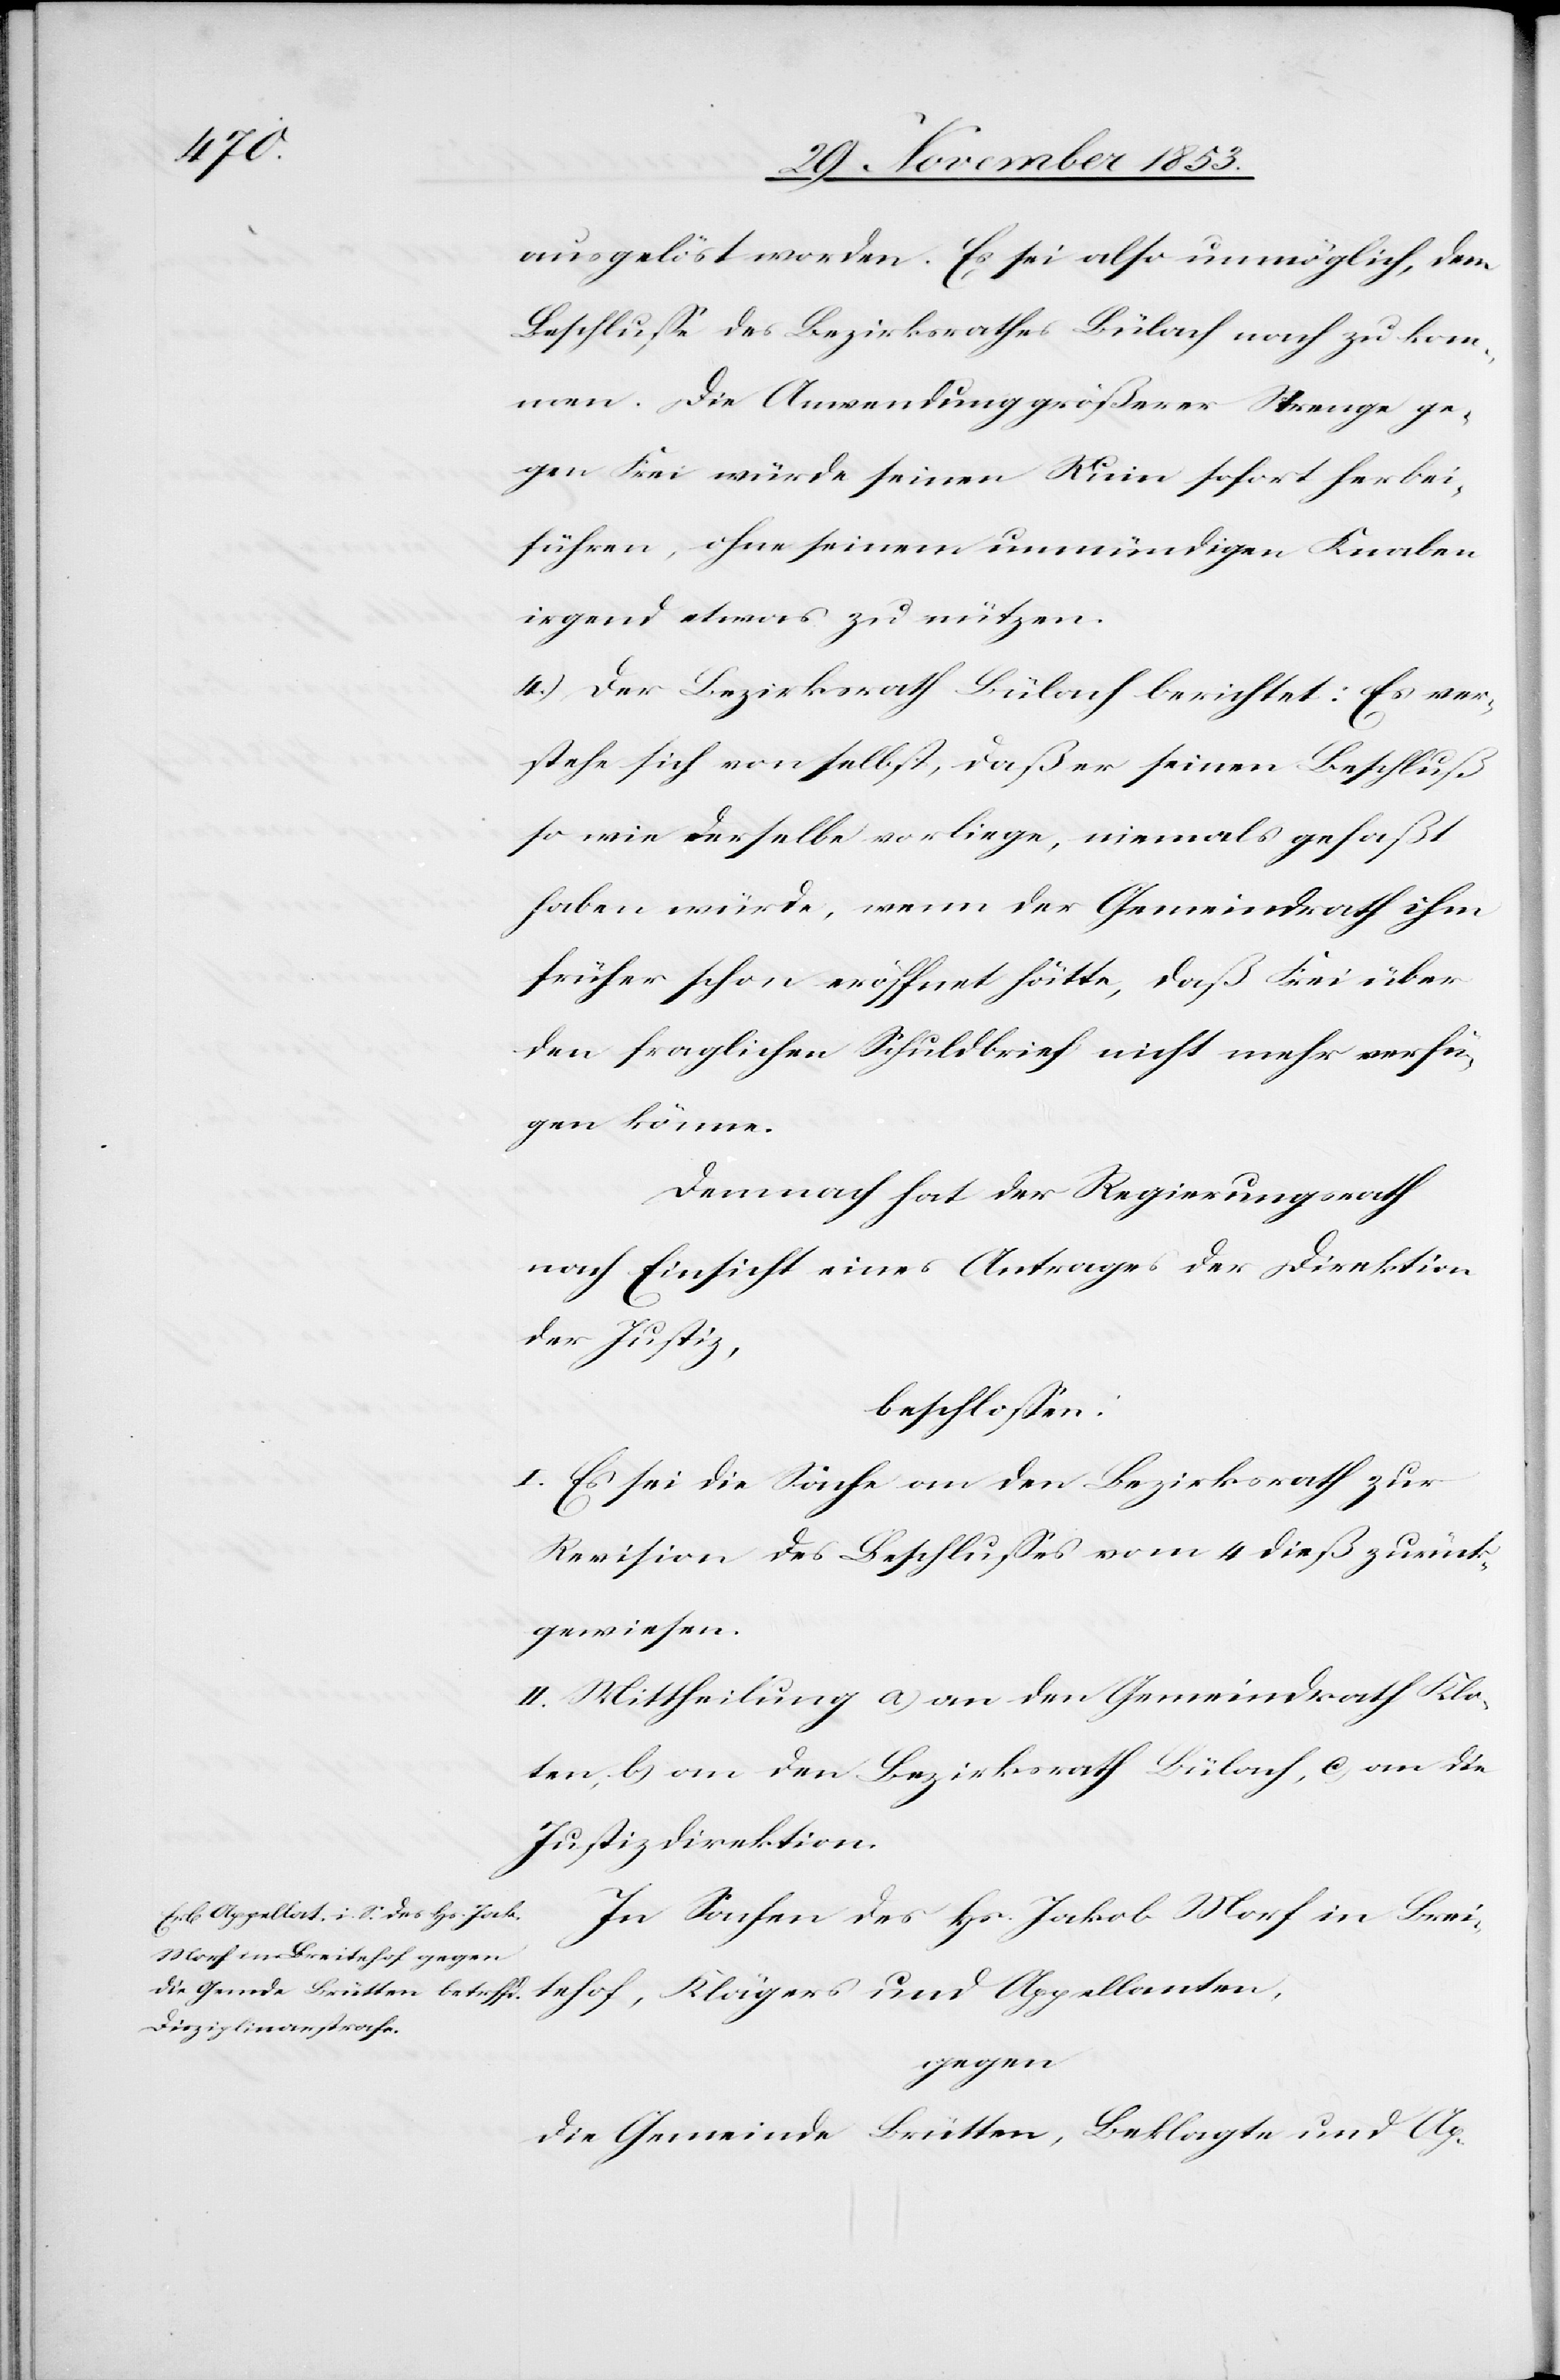
tehof,

ausgelöst worden. Es sei also unmöglich, dem
Beschluße des Bezirksrathes Bülach nach zu kom¬
men. Die Anwendung größerer Strenge ge¬
gen Frei würde seinen Ruin sofort herbei¬
führen, ohne seinem unmündigen Knaben
irgend etwas zu nützen.
4.) Der Bezirksrath Bülach berichtet: Es ver¬
stehe sich von selbst, daß er seinen Beschluß
sowie derselbe vorliege, niemals gefaßt
haben würde, wenn der Gemeindrath ihm
früher schon eröffnet hätte, daß Frei über
den fraglichen Schuldbrief nicht mehr verfü¬
gen könne.
Demnach hat der Regierungsrath
nach Einsicht eines Antrages der Direktion
der Justiz,
beschloßen:
I. Es sei die Sache an den Bezirksrath zur
Revision des Beschlußes vom 4 dieß zurück¬
gewiesen.
II. Mittheilung a) an den Gemeindrath Klo¬
ten, b) an den Bezirksrath Bülach, c) an die
Justizdirektion.
In Sachen des Hs. Jakob Morf in Brei¬
gegen
die Gemeinde Brütten, Beklagte und Ap-